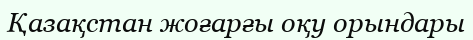
Қазақстан жоғарғы оқу орындары